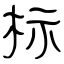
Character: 标